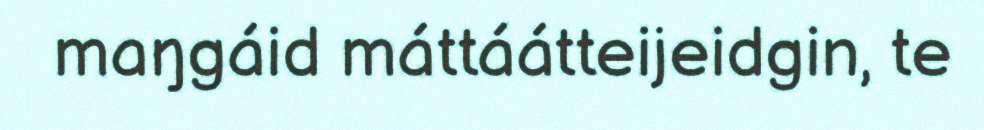
maŋgáid máttáátteijeidgin, te